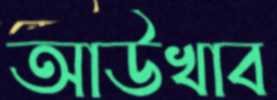
আউখাব